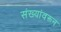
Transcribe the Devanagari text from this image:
संख्यांवरून